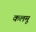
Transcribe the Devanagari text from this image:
कलमू